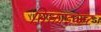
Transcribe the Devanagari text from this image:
सिक्ताइव्कर